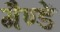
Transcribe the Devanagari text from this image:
गैण्डें